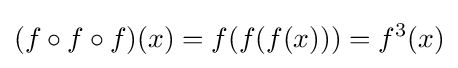
(f\circ f\circ f)(x)=f(f(f(x)))=f^{3}(x)